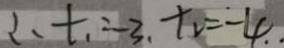
\therefore t _ { 1 } = - 3 , t _ { 2 } = - 4 . .